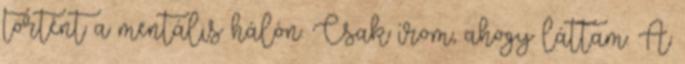
történt a mentális hálón. Csak írom, ahogy láttam. A